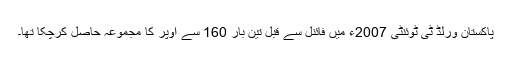
پاکستان ورلڈ ٹی ٹوئنٹی 2007ء میں فائنل سے قبل تین بار 160 سے اوپر کا مجموعہ حاصل کرچکا تھا۔